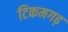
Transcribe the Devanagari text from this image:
टिकमगढ़